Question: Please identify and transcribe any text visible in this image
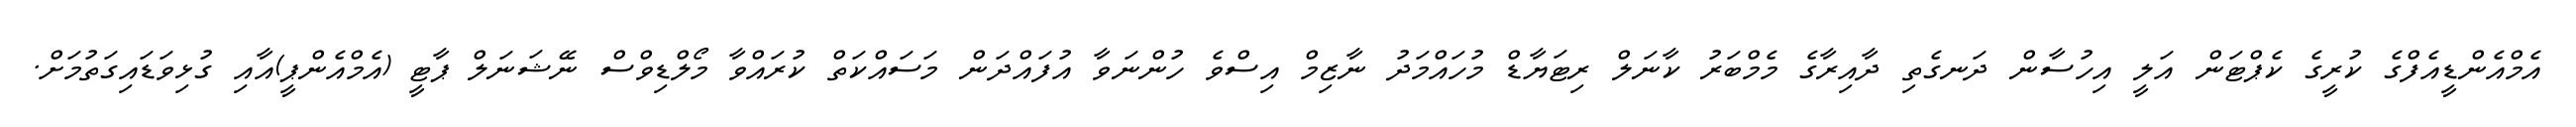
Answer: އެމްއެންޑީއެފްގެ ކުރީގެ ކެޕްޓަން އަލީ އިހުސާން ދަނގެތި ދާއިރާގެ މެމްބަރު ކާނަލް ރިޓަޔާޑް މުހައްމަދު ނާޒިމް އިސްވެ ހުންނަވާ އުފައްދަން މަސައްކަތް ކުރައްވާ މޯލްޑިވްސް ނޭޝަނަލް ޕާޓީ (އެމްއެންޕީ)އާއި ގުޅިވަޑައިގަތުމަށް.